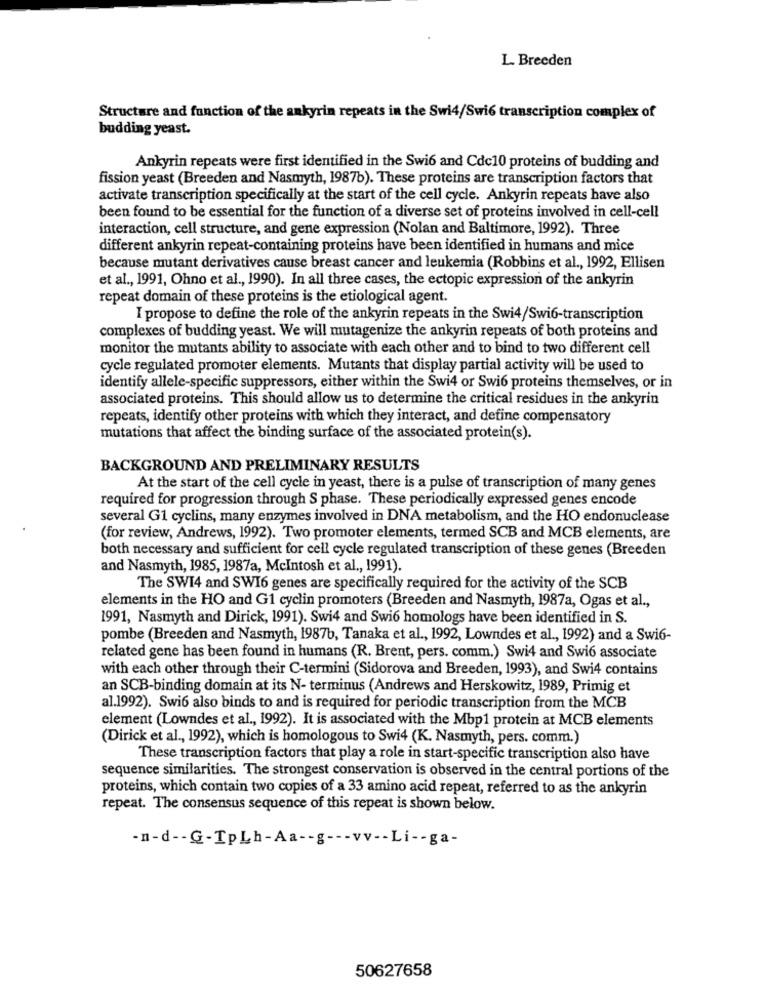
L. Breeden
Structure and function of the ankyrin repeats in the Swi4/Swi6 transcription complex of
budding yeast.
Ankyrin repeats were first identified in the Swi6 and Cdc10 proteins of budding and
fission yeast (Breeden and Nasmyth, 1987b). These proteins are transcription factors that
activate transcription specifically at the start of the cell cycle. Ankyrin repeats have also
been found to be essential for the function of a diverse set of proteins involved in cell-cell
interaction, cell structure, and gene expression (Nolan and Baltimore, 1992). Three
different ankyrin repeat-containing proteins have been identified in humans and mice
because mutant derivatives cause breast cancer and leukemia (Robbins et al ., 1992, Ellisen
et al ., 1991, Ohno et al ., 1990). In all three cases, the ectopic expression of the ankyrin
repeat domain of these proteins is the etiological agent.
I propose to define the role of the ankyrin repeats in the Swi4/Swi6-transcription
complexes of budding yeast. We will mutagenize the ankyrin repeats of both proteins and
monitor the mutants ability to associate with each other and to bind to two different cell
cycle regulated promoter elements. Mutants that display partial activity will be used to
identify allele-specific suppressors, either within the Swi4 or Swi6 proteins themselves, or in
associated proteins. This should allow us to determine the critical residues in the ankyrin
repeats, identify other proteins with which they interact, and define compensatory
mutations that affect the binding surface of the associated protein(s).
BACKGROUND AND PRELIMINARY RESULTS
At the start of the cell cycle in yeast, there is a pulse of transcription of many genes
required for progression through S phase. These periodically expressed genes encode
several G1 cyclins, many enzymes involved in DNA metabolism, and the HO endonuclease
(for review, Andrews, 1992). Two promoter elements, termed SCB and MCB elements, are
both necessary and sufficient for cell cycle regulated transcription of these genes (Breeden
and Nasmyth, 1985, 1987a, McIntosh et al ., 1991).
The SWI4 and SWI6 genes are specifically required for the activity of the SCB
elements in the HO and G1 cyclin promoters (Breeden and Nasmyth, 1987a, Ogas et al .,
1991, Nasmyth and Dirick, 1991). Swi4 and Swi6 homologs have been identified in S.
pombe (Breeden and Nasmyth, 1987b, Tanaka et al ., 1992, Lowndes et al ., 1992) and a Swi6-
related gene has been found in humans (R. Brent, pers. comm.) Swi4 and Swi6 associate
with each other through their C-termini (Sidorova and Breeden, 1993), and Swi4 contains
an SCB-binding domain at its N- terminus (Andrews and Herskowitz, 1989, Primig et
al.1992). Swi6 also binds to and is required for periodic transcription from the MCB
element (Lowndes et al ., 1992). It is associated with the Mbp1 protein at MCB elements
(Dirick et al ., 1992), which is homologous to Swi4 (K. Nasmyth, pers. comm.)
These transcription factors that play a role in start-specific transcription also have
sequence similarities. The strongest conservation is observed in the central portions of the
proteins, which contain two copies of a 33 amino acid repeat, referred to as the ankyrin
repeat. The consensus sequence of this repeat is shown below.
-n-d -- G-TpLh-Aa -- g --- vv -- Li -- ga-
50627658